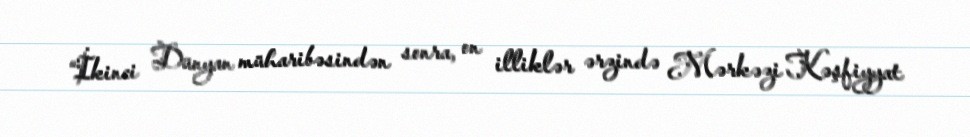
“İkinci Dünyan müharibəsindən sonra, on illiklər ərzində Mərkəzi Kəşfiyyat